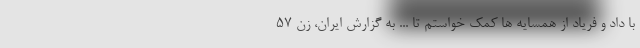
با داد و فریاد از همسایه ها کمک خواستم تا ... به گزارش ایران، زن ۵۷